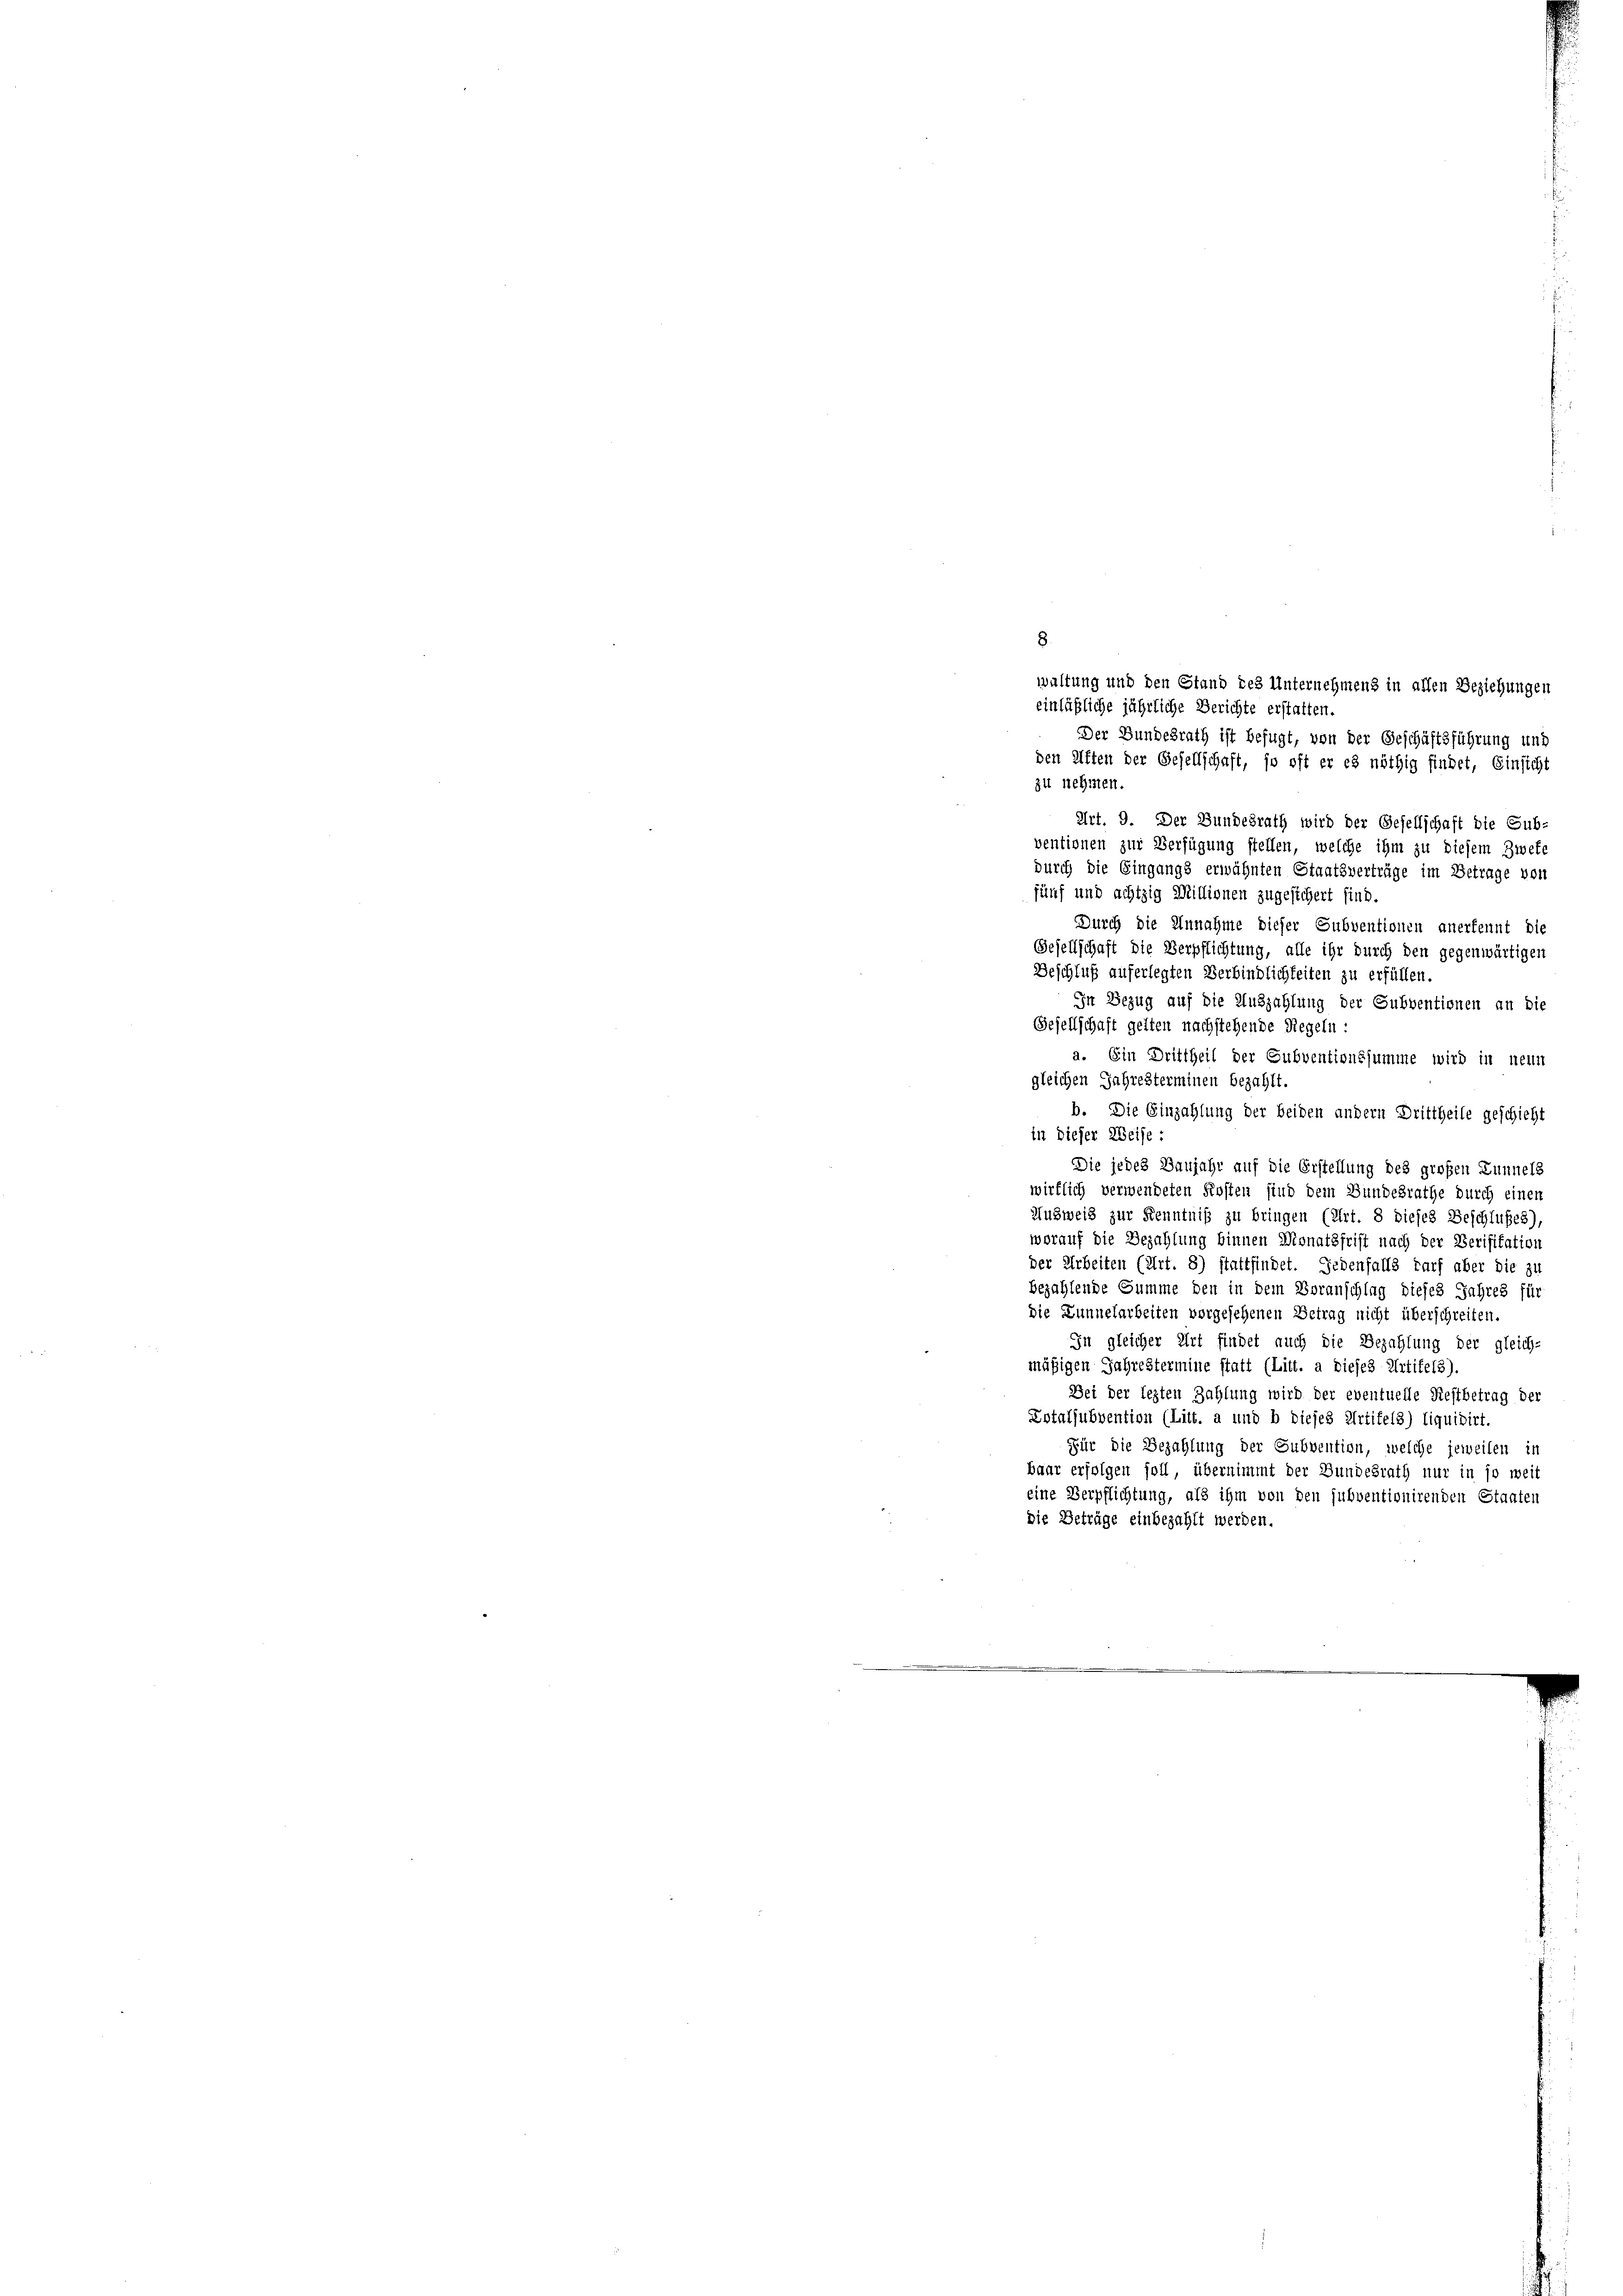
Durch die Annahme dieser Subventionen anerkennt die
Gesellschaft die Verpflichtung, alle ihr durch den gegenwärtigen
Beschluß auferlegten Verbindlichkeiten zu erfüllen.
In Bezug auf die Auszahlung der Subventionen an die
Gesellschaft gelten nachstehende Regeln:
a. Ein Drittheil der Subventionssumme wird in neun
gleichen Jahresterminen bezahlt.
b. Die Einzahlung der beiden andern Drittheile geschicht
in dieser Weise:
Die jedes Banjahr auf die Erstellung des großen Lunnels
wirklich verwendeten Kosten sind dem Bundesrathe durch einen
Ausweis zur Kenntniß zu bringen (Art. 8 dieses Beschlußes),
worauf die Bezahlung binnen Monatsfrist nach der Verifikation
der Arbeiten (Art. 8) stattfindet. Jedenfalls darf aber die zu
bezahlende Summe den in dem Voranschlag dieses Jahres für
Die Lunnelarbeiten vorgesehenen Betrag nicht überschreiten.
In gleicher Art findet auch die Bezahlung der gleich-
mäßigen Jahrestermine statt (Litt. a dieses Artikel3).
Bei der lezten Zahlung wird der eventuelle Restbetrag der
Lotalsubvention (Litt. a und b diejes Artikels) liquidirt.
Für die Bezahlung der Subvention, welche jeweilen in
baar erfolgen soll, übernimmt der Bundesrath nur in so weit
eine Verpflichtung, als ihm von den subventionirenden Staaten
die Beträge einbezahlt werden.

8
waltung und den Stand des Unternehmens in allen Beziehungen
einläßliche jährliche Berichte erstatten.
Der Bundesrath ist befugt, von der Geschäftsführung und
den Kiften der Gesellschaft, so oft er es nöthig findet, Einsicht
zu nehmen.
Art. 9. Der Bundesrath wird der Gesellschaft die Sub-
ventionen zur Verfügung stellen, welche ihm zu diesem Zweke
durch die Eingangs erwähnten Staatsverträge im Betrage von
fünf und achtzig Millionen zugesichert sind.